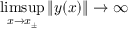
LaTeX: \operatorname* { l i m s u p } _ { x \to x _ { \pm } } \| y ( x ) \| \to \infty